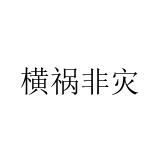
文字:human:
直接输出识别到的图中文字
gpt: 横祸非灾